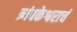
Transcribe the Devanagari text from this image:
त्र्यंबकेश्वराचं